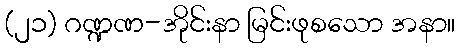
(၂၁) ဂဏ္ဍဏ-အိုင်းနာ မြင်းဖုစသော အနာ။